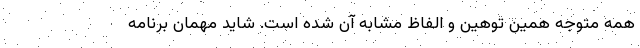
همه متوجه همین توهین و الفاظ مشابه آن شده است. شاید مهمان برنامه